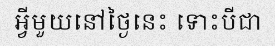
អ្វីមួយនៅថ្ងៃនេះ ទោះបីជា